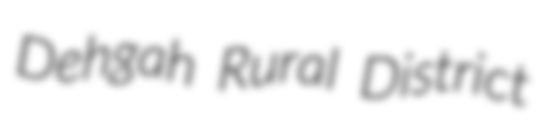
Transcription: Dehgah Rural District